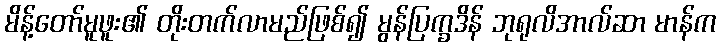
မိန့်တော်မူဖူး၏ တိုးတက်လာမည်ဖြစ်၍ မွန်ပြက္ခဒိန် ဘုရုလိအာလ်ဆာ မာန်က